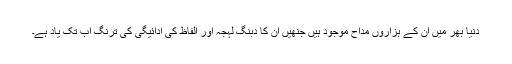
دنیا بھر میں ان کے ہزاروں مداح موجود ہیں جنھیں ان کا دبنگ لہجہ اور الفاظ کی ادائیگی کی ترنگ اب تک یاد ہے۔